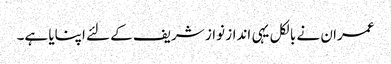
عمران نے بالکل یہی انداز نواز شریف کے لئے اپنایا ہے۔